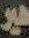
هير